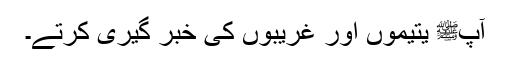
آپﷺ یتیموں اور غریبوں کی خبر گیری کرتے۔